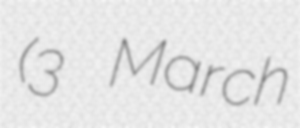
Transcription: (3 March